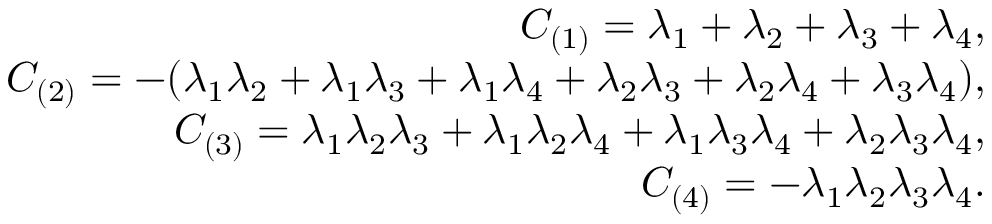
\begin{array} { r l r } & { } & { C _ { ( 1 ) } = \lambda _ { 1 } + \lambda _ { 2 } + \lambda _ { 3 } + \lambda _ { 4 } , } \\ & { } & { C _ { ( 2 ) } = - ( \lambda _ { 1 } \lambda _ { 2 } + \lambda _ { 1 } \lambda _ { 3 } + \lambda _ { 1 } \lambda _ { 4 } + \lambda _ { 2 } \lambda _ { 3 } + \lambda _ { 2 } \lambda _ { 4 } + \lambda _ { 3 } \lambda _ { 4 } ) , } \\ & { } & { C _ { ( 3 ) } = \lambda _ { 1 } \lambda _ { 2 } \lambda _ { 3 } + \lambda _ { 1 } \lambda _ { 2 } \lambda _ { 4 } + \lambda _ { 1 } \lambda _ { 3 } \lambda _ { 4 } + \lambda _ { 2 } \lambda _ { 3 } \lambda _ { 4 } , } \\ & { } & { C _ { ( 4 ) } = - \lambda _ { 1 } \lambda _ { 2 } \lambda _ { 3 } \lambda _ { 4 } . } \end{array}